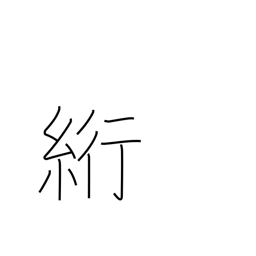
Meaning: blindstitch